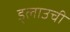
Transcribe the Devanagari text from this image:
ड्लाउची